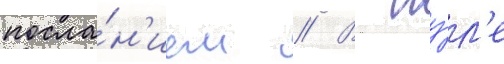
посла́н'ием // В иу́л'е